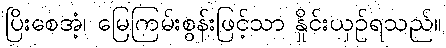
ပြိးစေအံ့၊ မြေကြမ်းစွန်းဖြင့်သာ နှိုင်းယှဉ်ရသည်။